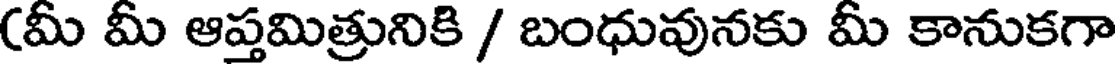
(మీ మీ ఆప్తమిత్రునికి / బంధువునకు మీ కానుకగా